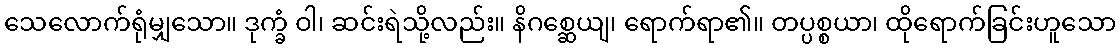
သေလောက်ရုံမျှသော။ ဒုက္ခံ ဝါ၊ ဆင်းရဲသို့လည်း။ နိဂစ္ဆေယျ၊ ရောက်ရာ၏။ တပ္ပစ္စယာ၊ ထိုရောက်ခြင်းဟူသော